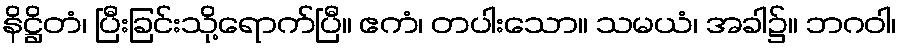
နိဋ္ဌိတံ၊ ပြီးခြင်းသို့ရောက်ပြီ။ ဧကံ၊ တပါးသော။ သမယံ၊ အခါ၌။ ဘဂဝါ၊